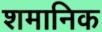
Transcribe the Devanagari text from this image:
शमानिक